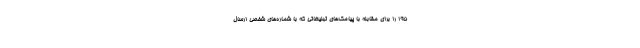
۱۹۵ را برای مقابله با پیامک‌های تبلیغاتی که با شماره‌های شخصی ارسال